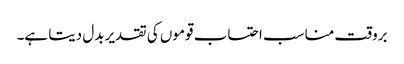
بروقت مناسب احتساب قوموں کی تقدیر بدل دیتا ہے۔